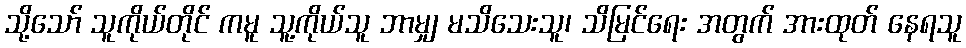
သို့သော် သူကိုယ်တိုင် ကမူ သူ့ကိုယ်သူ ဘာမျှ မသိသေးသူ၊ သိမြင်ရေး အတွက် အားထုတ် နေရသူ